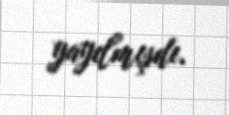
yayılmışdı.